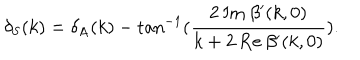
LaTeX: \delta _ { \mathrm { S } } ( k ) = \delta _ { \mathrm { A } } ( k ) - \tan ^ { - 1 } ( \frac { 2 \: \mathrm { I m } \: \beta ^ { \prime } ( k , 0 ) } { k + 2 \: \mathrm { R e } \: \beta ^ { \prime } ( k , 0 ) } ) .